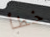
خطأ